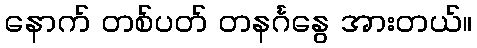
နောက် တစ်ပတ် တနင်္ဂနွေ အားတယ်။